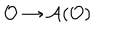
\mathcal { O } \rightarrow \mathcal { A } ( \mathcal { O } )